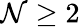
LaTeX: \mathcal{N}\geq2